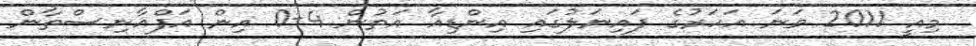
މިއީ 2011 ވަނަ އަހަރުގެ ފައިނަލުގައި އިންޑިއާ އަތުން 4-0 އިން އަފްޣާނިސްތާން